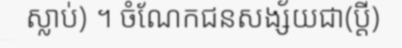
ស្លាប់) ។ ចំណែកជនសង្ស័យជា(ប្តី)